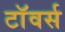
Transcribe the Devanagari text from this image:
टाॅवर्स